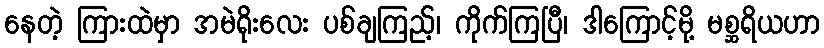
နေတဲ့ ကြားထဲမှာ အမဲရိုးလေး ပစ်ချကြည့်၊ ကိုက်ကြပြီ၊ ဒါကြောင့်မို့ မစ္ဆရိယဟာ